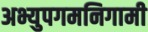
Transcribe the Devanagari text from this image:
अभ्युपगमनिगामी